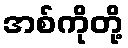
အစ်ကိုတို့